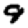
Digit: 9